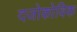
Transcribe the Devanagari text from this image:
दजोकोविक